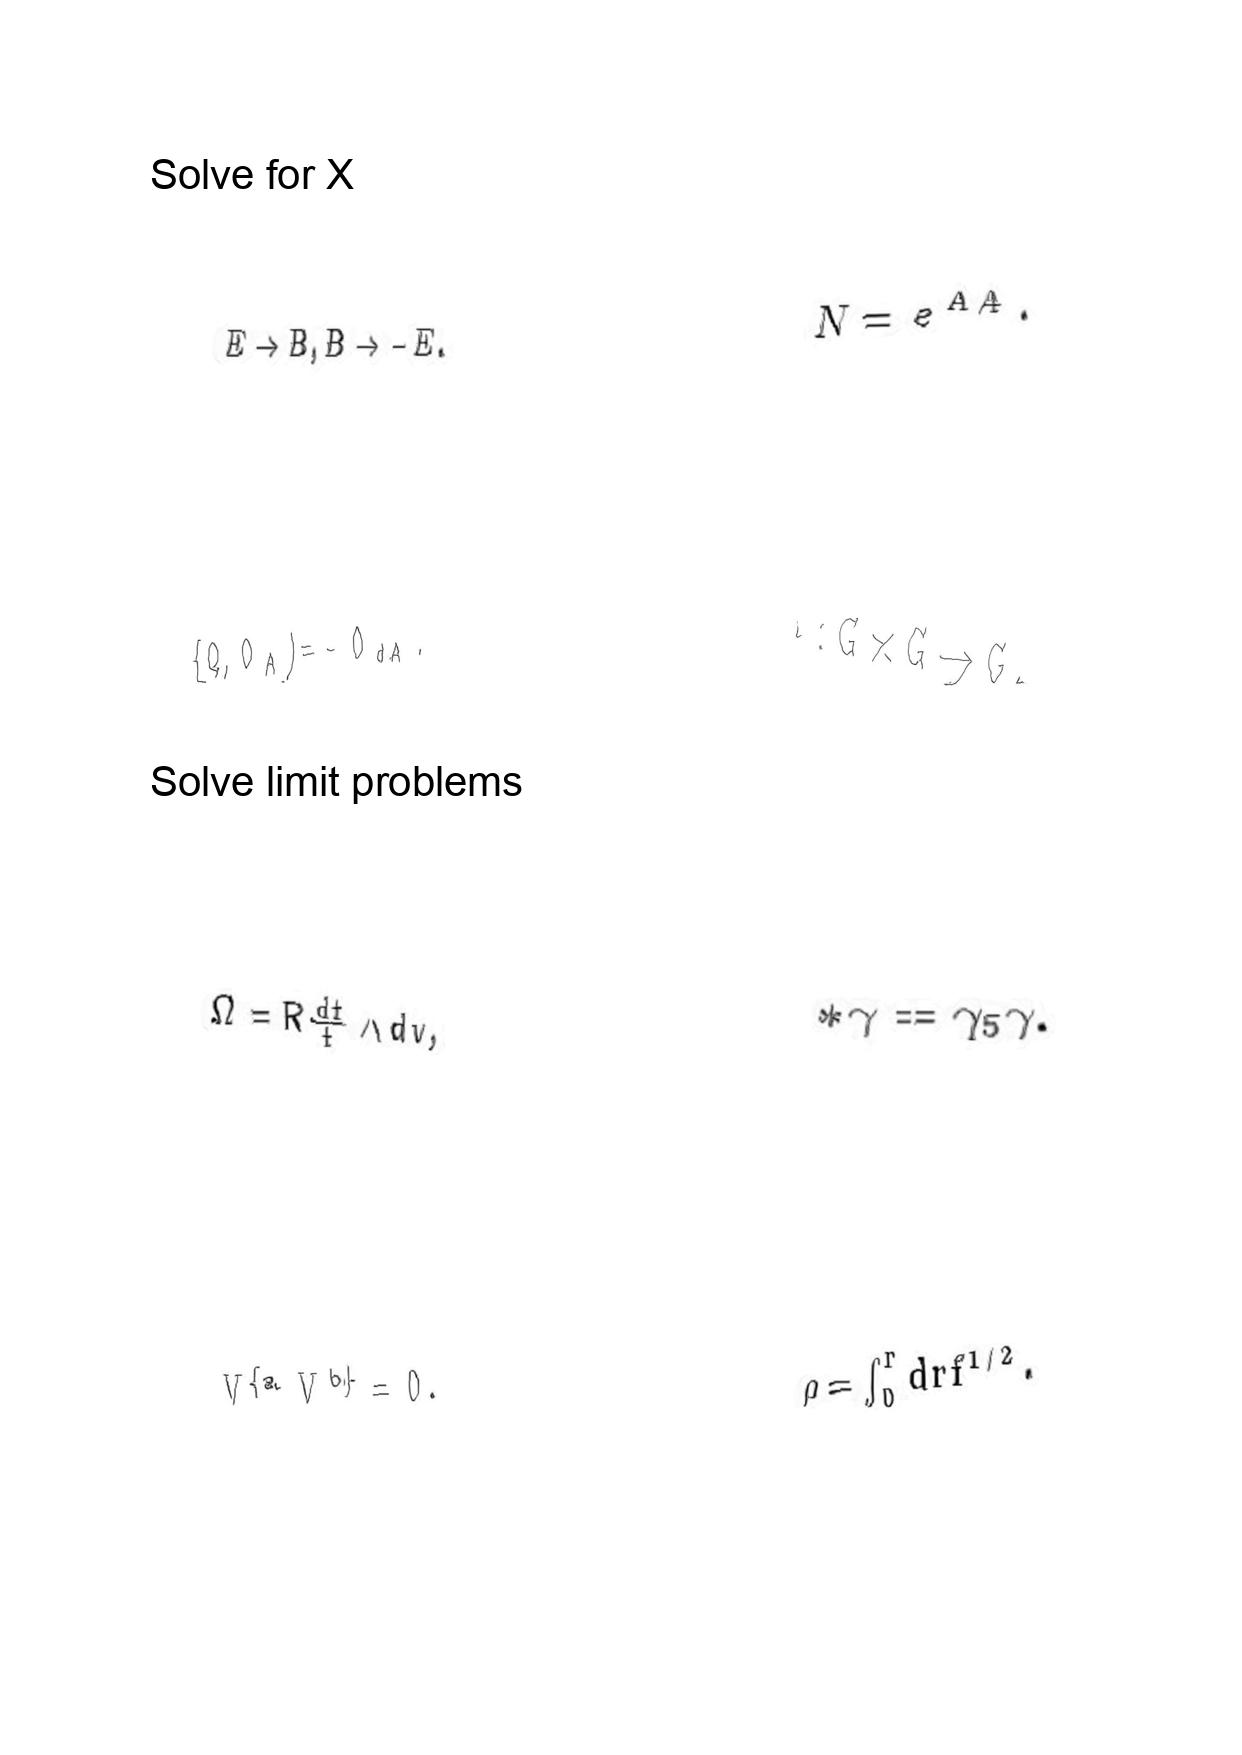
LaTeX transcription:
E \rightarrow B , B \rightarrow - E .
\lbrace Q , O _ { A } \rbrace = - O _ { d A } .
\Omega = R \frac { d t } { t } \wedge d v ,
V ^ { \lbrace a } V ^ { b \rbrace } = 0 .
N = e ^ { A / 4 } .
\cdot : G \times G \rightarrow G .
\ast \gamma = \gamma _ { 5 } \gamma .
\rho = \int _ { 0 } ^ { r } d r f ^ { 1 / 2 } .